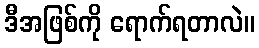
ဒီအဖြစ်ကို ရောက်ရတာလဲ။